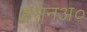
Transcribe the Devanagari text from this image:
हसनअ०